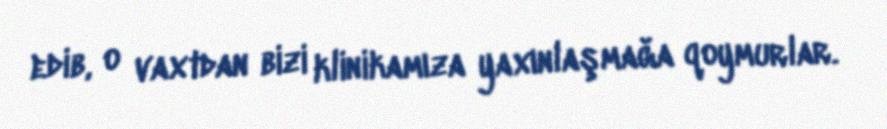
edib, o vaxtdan bizi klinikamıza yaxınlaşmağa qoymurlar.